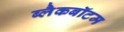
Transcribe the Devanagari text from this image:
ब्लैकबॉटम